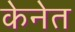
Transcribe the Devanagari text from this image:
केनेत